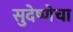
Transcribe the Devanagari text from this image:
सुदेष्णेचा